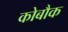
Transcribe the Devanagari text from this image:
कोबौक